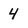
Character: 4